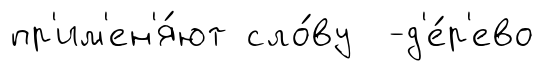
пр'им'ен'я́ют сло́ву -д'е́р'ево